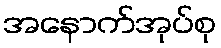
အနောက်အုပ်စု